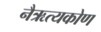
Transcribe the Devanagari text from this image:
नैऋत्यकोण